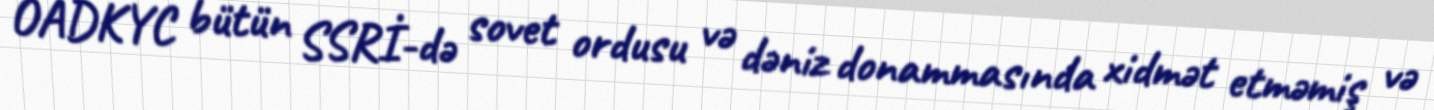
OADKYC bütün SSRİ-də sovet ordusu və dəniz donammasında xidmət etməmiş və